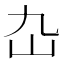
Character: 𡴴